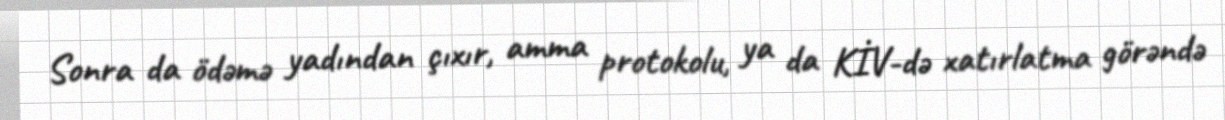
Sonra da ödəmə yadından çıxır, amma protokolu, ya da KİV-də xatırlatma görəndə